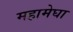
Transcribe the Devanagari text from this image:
महामेघा